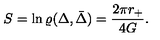
S = \ln \varrho ( \Delta , \bar { \Delta } ) = { \frac { 2 \pi r _ { + } } { 4 G } } .